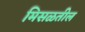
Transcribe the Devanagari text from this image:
मिसळतील